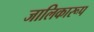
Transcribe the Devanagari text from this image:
जालिकारूप